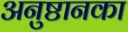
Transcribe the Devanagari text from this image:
अनुष्ठानका